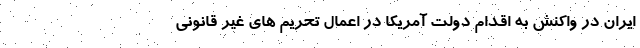
ایران در واکنش به اقدام دولت آمریکا در اعمال تحریم های غیر قانونی